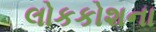
લોકકોશના